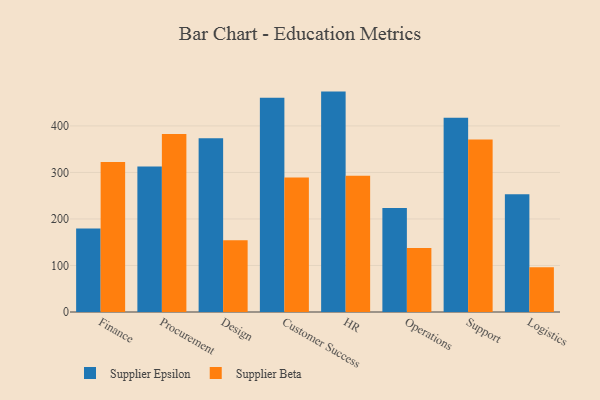
{"axis": {"x": "Department", "y": "Tickets Resolved"}, "legend": ["Supplier Beta", "Supplier Epsilon"], "data": [{"x": "Finance", "y": 179.6, "type": "Supplier Epsilon"}, {"x": "Finance", "y": 322.5, "type": "Supplier Beta"}, {"x": "Procurement", "y": 312.7, "type": "Supplier Epsilon"}, {"x": "Procurement", "y": 382.4, "type": "Supplier Beta"}, {"x": "Design", "y": 373.3, "type": "Supplier Epsilon"}, {"x": "Design", "y": 154.0, "type": "Supplier Beta"}, {"x": "Customer Success", "y": 460.7, "type": "Supplier Epsilon"}, {"x": "Customer Success", "y": 289.1, "type": "Supplier Beta"}, {"x": "HR", "y": 473.8, "type": "Supplier Epsilon"}, {"x": "HR", "y": 293.1, "type": "Supplier Beta"}, {"x": "Operations", "y": 223.4, "type": "Supplier Epsilon"}, {"x": "Operations", "y": 137.7, "type": "Supplier Beta"}, {"x": "Support", "y": 417.5, "type": "Supplier Epsilon"}, {"x": "Support", "y": 370.7, "type": "Supplier Beta"}, {"x": "Logistics", "y": 253.1, "type": "Supplier Epsilon"}, {"x": "Logistics", "y": 96.3, "type": "Supplier Beta"}]}